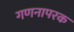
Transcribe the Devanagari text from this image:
गणनापरक